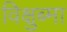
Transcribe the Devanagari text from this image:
विक्षुब्मा